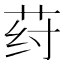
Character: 荮